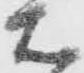
右